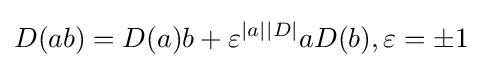
D(ab)=D(a)b+\varepsilon ^{|a||D|}aD(b),\varepsilon =\pm 1